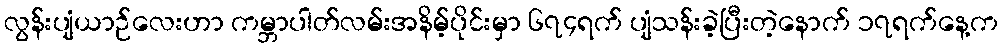
လွန်းပျံယာဉ်လေးဟာ ကမ္ဘာပါတ်လမ်းအနိမ့်ပိုင်းမှာ ၆၇၄ရက် ပျံသန်းခဲ့ပြီးတဲ့နောက် ၁၇ရက်နေ့က